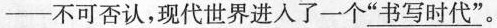
─不可否认，现代世界进入了一个”\underline{书写时代}”。